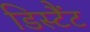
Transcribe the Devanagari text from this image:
डिस्टैंट